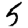
Digit: 5